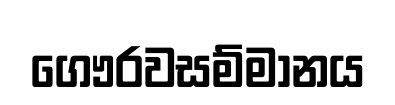
ගෞරවසම්මානය